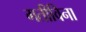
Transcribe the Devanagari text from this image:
गतीविना